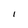
Character: I